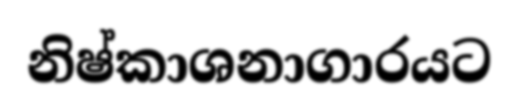
නිෂ්කාශනාගාරයට